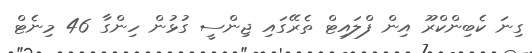
ގިނަ ކެބިންކްރޫ އިން ފްލައިޓް ތެރޭގައި ޖިންސީ ގުޅުން ހިންގާ 46 މިނެޓް